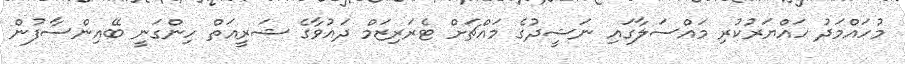
މުހައްމަދު ހައްޔަރުކުރި މައްސަލާގައި ނަޝީދުގެ މައްޗަށް ޓެރަރިޒަމް ދައުވާގެ ޝަރީއަތް ހިންގަނީ ބޭއިންސާފުން